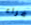
فراء